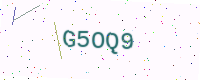
Text: G5OQ9